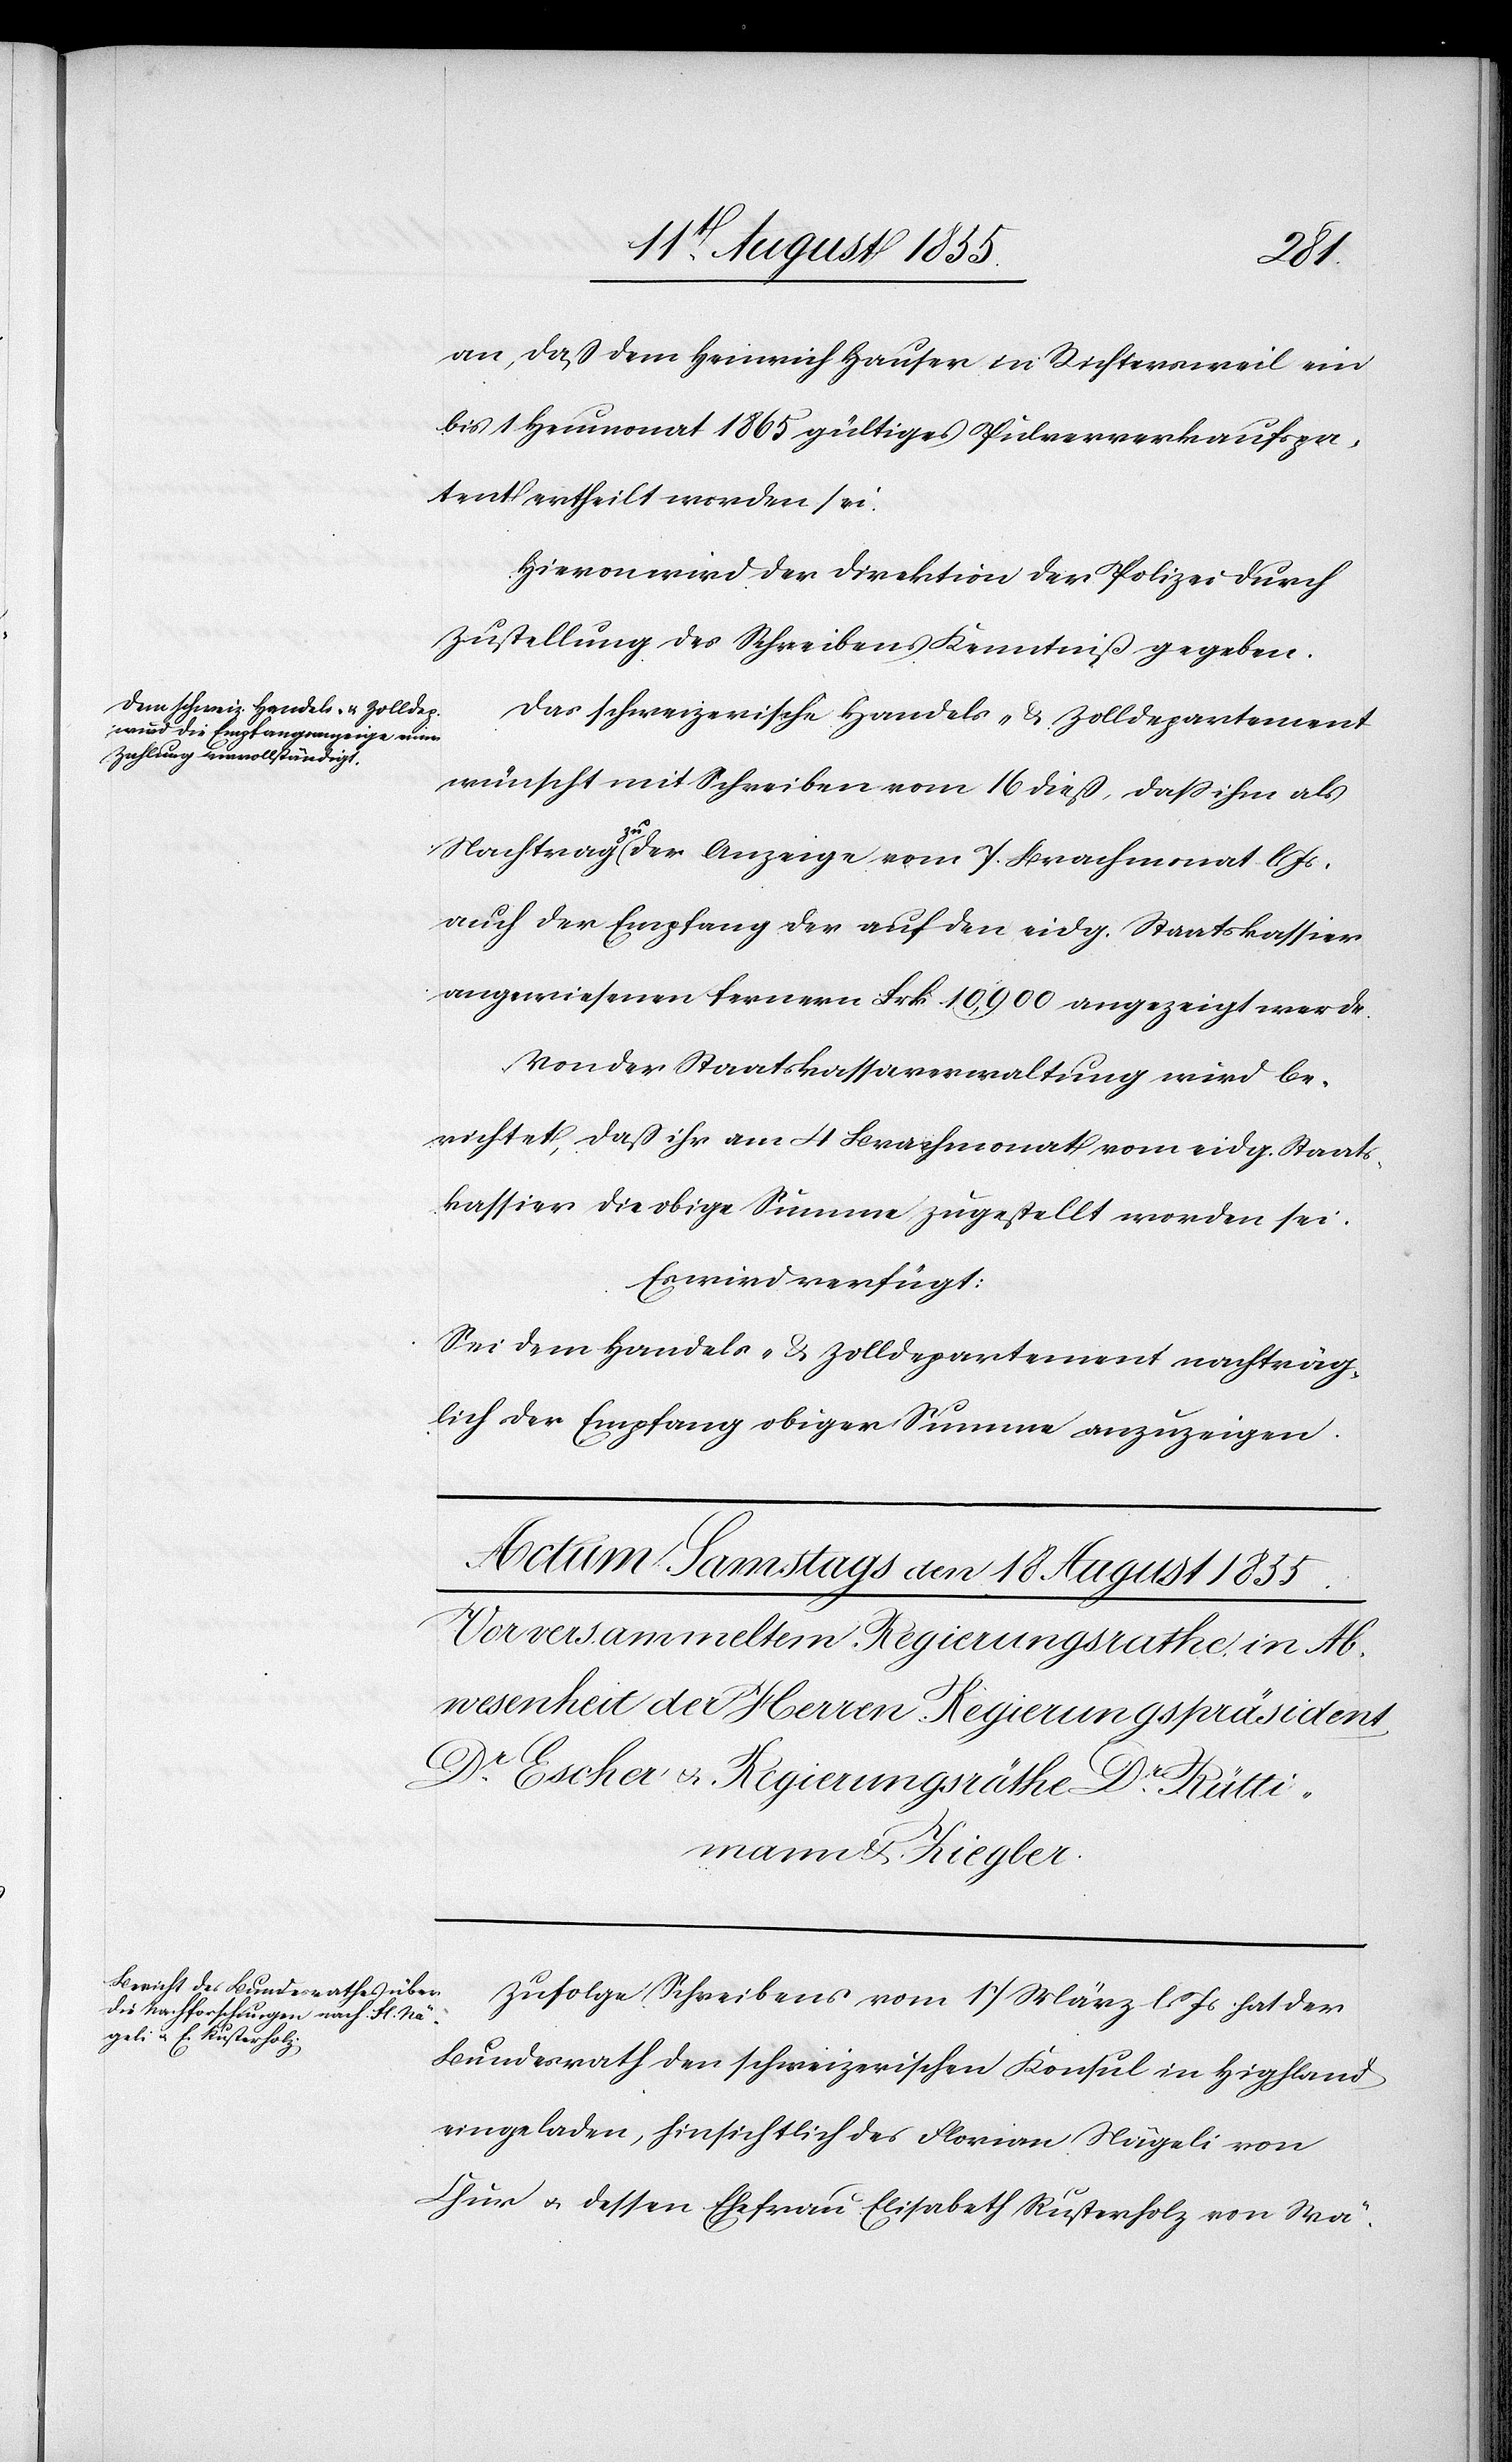
an, daß dem Heinrich Hauser in Richtersweil ein
bis 1 Heumonat 1865 gültiges Pulververkaufspa¬
tent ertheilt worden sei.
Hievon wird der Direktion der Polizei durch
Zustellung des Schreibens Kenntniß gegeben.
Das schweizerische Handels- & Zolldepartement
wünscht mit Schreiben vom 16 dieß, dass ihm als
Nachtrag zu der Anzeige vom 7. Brachmonat l.
auch der Empfang der auf den eidg. Staatskassier
angewiesenen fernern Frk. 10,900 angezeigt werde.
Von der Staatskassaverwaltung wird be¬
richtet, daß ihr am 4 Brachmonat vom eidg. Staats¬
kassier die obige Summe zugestellt worden sei.
Es wird verfügt:
Sei dem Handels- & Zolldepartement nachträg¬
lich der Empfang obiger Summe anzuzeigen.
Zufolge Schreibens vom 17 März l. Js. hat der
Bundesrath den schweizerischen Konsul in Highland
eingeladen, hinsichtlich des Florian Nägeli von
Chur & dessen Ehefrau Elisabeth Rusterholz von Wä-